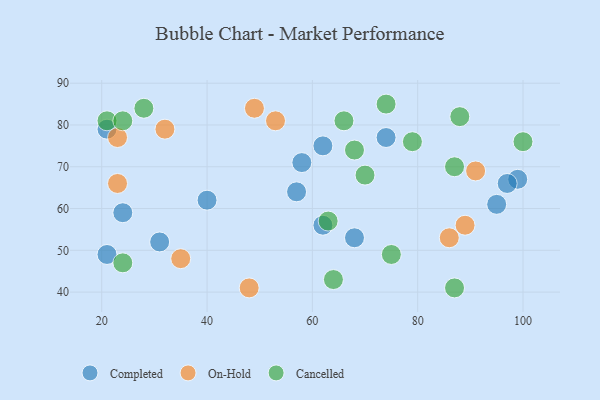
{"axis": {"x": "GDP", "y": "Life Expectancy"}, "legend": ["Cancelled", "Completed", "On-Hold"], "data": [{"x": "24", "y": 59, "type": "Completed"}, {"x": "62", "y": 56, "type": "Completed"}, {"x": "74", "y": 77, "type": "Completed"}, {"x": "40", "y": 62, "type": "Completed"}, {"x": "62", "y": 75, "type": "Completed"}, {"x": "31", "y": 52, "type": "Completed"}, {"x": "99", "y": 67, "type": "Completed"}, {"x": "97", "y": 66, "type": "Completed"}, {"x": "68", "y": 53, "type": "Completed"}, {"x": "57", "y": 64, "type": "Completed"}, {"x": "95", "y": 61, "type": "Completed"}, {"x": "58", "y": 71, "type": "Completed"}, {"x": "21", "y": 79, "type": "Completed"}, {"x": "21", "y": 49, "type": "Completed"}, {"x": "32", "y": 79, "type": "On-Hold"}, {"x": "89", "y": 56, "type": "On-Hold"}, {"x": "35", "y": 48, "type": "On-Hold"}, {"x": "48", "y": 41, "type": "On-Hold"}, {"x": "86", "y": 53, "type": "On-Hold"}, {"x": "53", "y": 81, "type": "On-Hold"}, {"x": "23", "y": 66, "type": "On-Hold"}, {"x": "49", "y": 84, "type": "On-Hold"}, {"x": "91", "y": 69, "type": "On-Hold"}, {"x": "23", "y": 77, "type": "On-Hold"}, {"x": "70", "y": 68, "type": "Cancelled"}, {"x": "74", "y": 85, "type": "Cancelled"}, {"x": "100", "y": 76, "type": "Cancelled"}, {"x": "87", "y": 41, "type": "Cancelled"}, {"x": "66", "y": 81, "type": "Cancelled"}, {"x": "21", "y": 81, "type": "Cancelled"}, {"x": "75", "y": 49, "type": "Cancelled"}, {"x": "88", "y": 82, "type": "Cancelled"}, {"x": "79", "y": 76, "type": "Cancelled"}, {"x": "68", "y": 74, "type": "Cancelled"}, {"x": "63", "y": 57, "type": "Cancelled"}, {"x": "64", "y": 43, "type": "Cancelled"}, {"x": "28", "y": 84, "type": "Cancelled"}, {"x": "24", "y": 47, "type": "Cancelled"}, {"x": "87", "y": 70, "type": "Cancelled"}, {"x": "24", "y": 81, "type": "Cancelled"}]}